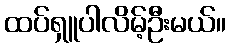
ထပ်ရှူပါလိမ့်ဦးမယ်။